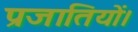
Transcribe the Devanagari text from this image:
प्रजातियों।